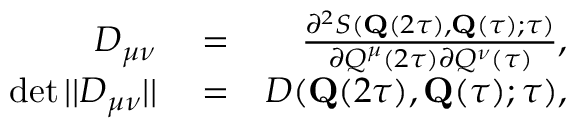
\begin{array} { r l r } { D _ { \mu \nu } } & { { } = } & { \frac { \partial ^ { 2 } S ( \mathbf { Q } ( 2 \tau ) , \mathbf { Q } ( \tau ) ; \tau ) } { \partial { Q } ^ { \mu } ( 2 \tau ) \partial { Q } ^ { \nu } ( \tau ) } , } \\ { \operatorname* { d e t } | | D _ { \mu \nu } | | } & { { } = } & { D ( \mathbf { Q } ( 2 \tau ) , \mathbf { Q } ( \tau ) ; \tau ) , } \end{array}